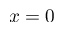
x = 0